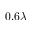
0 . 6 \lambda